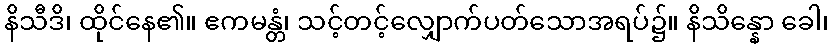
နိသီဒိ၊ ထိုင်နေ၏။ ဧကမန္တံ၊ သင့်တင့်လျှောက်ပတ်သောအရပ်၌။ နိသိန္နော ခေါ၊